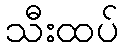
သီးထပ်